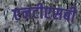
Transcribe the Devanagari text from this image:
एनटीएसबी